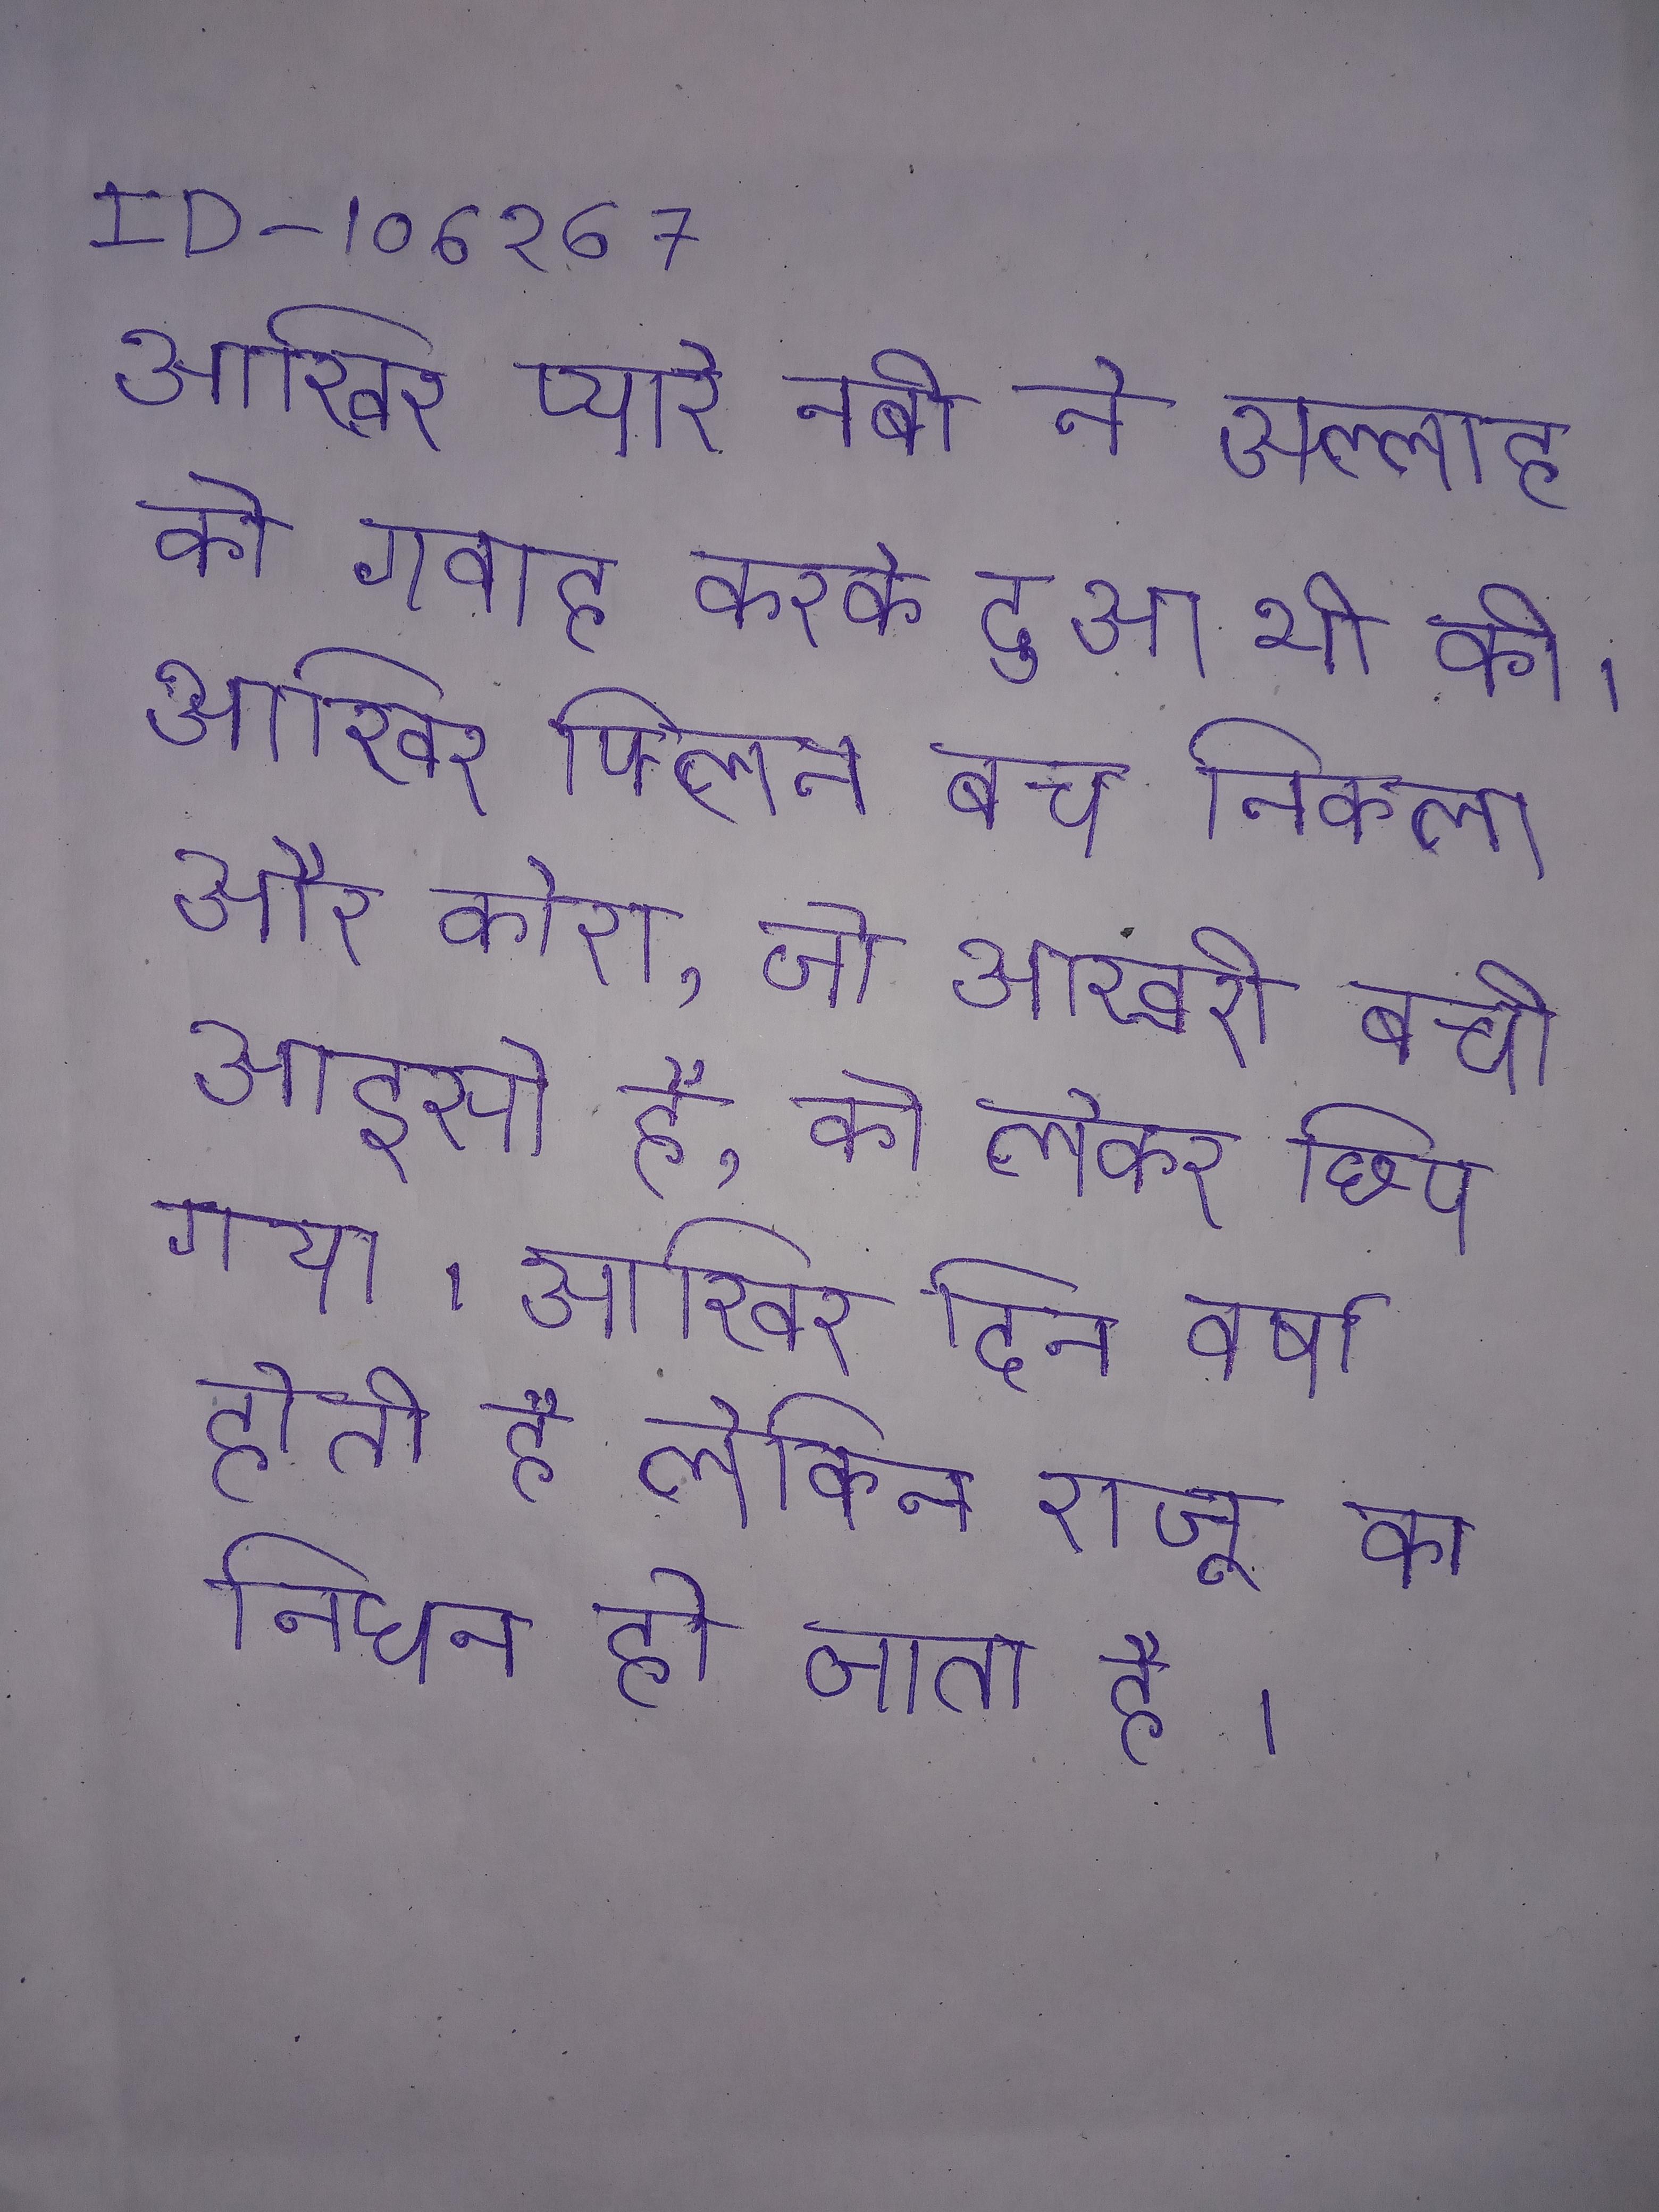
आखिर प्यारे नबी ने अल्लाह को गवाह करके दुआ भी की । आखिर फ्लिन बच निकला और कोरा, जो आखरी बची आइसो है, को लेकर छिप गया । आखिर दिन वर्षा होती है लेकिन राजू का निधन हो जाता है ।